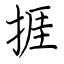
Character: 捱